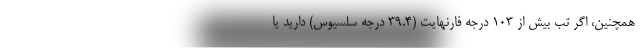
همچنین، اگر تب بیش از 103 درجه فارنهایت (39.4 درجه سلسیوس) دارید یا